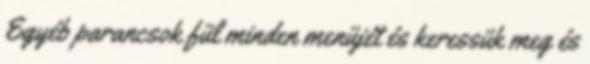
Egyéb parancsok fül minden menüjét és keressük meg és